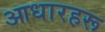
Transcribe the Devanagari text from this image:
आधारहरू